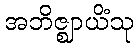
အဘိဇ္ဈာယိံသု